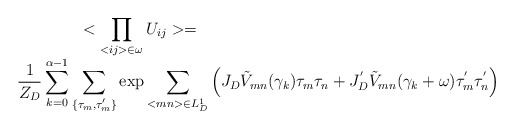
\begin{align*}\begin{array}{c}{\displaystyle <\prod_{<ij>\in \omega } U_{ij}>=\hspace{6cm}}\\{\displaystyle \frac{1}{Z_D}\sum^{\alpha-1}_{k=0} \sum_{\{\tau_m,\tau^{'}_m\}} \exp \sum_{<mn>\in L_D^1 } \left(J_D {\tilde V}_{mn} (\gamma_k) \tau_m \tau_n +J_D^{'} {\tilde V}_{mn} (\gamma_k+\omega)\tau^{'}_m \tau^{'}_n\right)}\end{array}\end{align*}